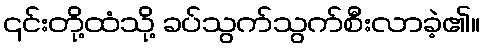
၎င်းတို့ထံသို့ ခပ်သွက်သွက်စီးလာခဲ့၏။